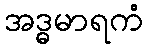
အဒ္ဓမာရကံ